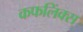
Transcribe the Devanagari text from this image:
कफलिंक्स